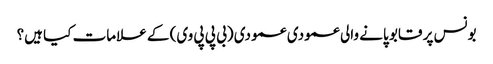
بونس پر قابو پانے والی عمودی عمودی (بی پی پی وی) کے علامات کیا ہیں؟